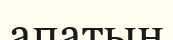
апатын